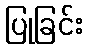
ပြုခြင်း